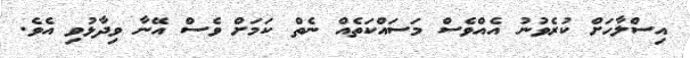
އިސްލާހަށް ކުރެވުނު އެއްވެސް މަަަސައްކަތެއް ނެތް ކަމަށް ވެސް އޭނާ ވިދާޅުވި އެވެ.